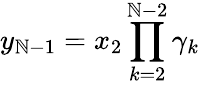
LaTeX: y_{\mathbb{N}-1}=x_{2}\prod_{k=2}^{\mathbb{N}-2}\gamma_{k}